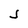
Character: J